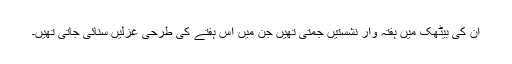
ان کی بیٹھک میں ہفتہ وار نشستیں جمتی تھیں جن میں اس ہفتے کی طرحی غزلیں سنائی جاتی تھیں۔